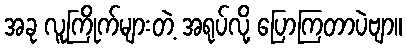
အခု လူကြိုက်များတဲ့ အရုပ်လို့ ပြောကြတာပဲဗျာ။